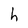
Character: h